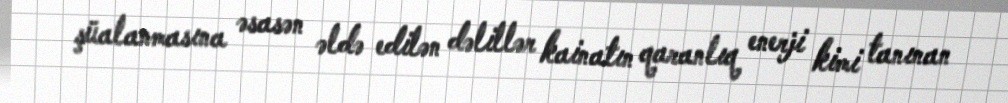
şüalanmasına əsasən əldə edilən dəlillər kainatın qaranlıq enerji kimi tanınan